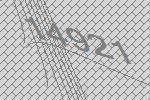
14921